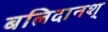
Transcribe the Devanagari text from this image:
बलिदानश्